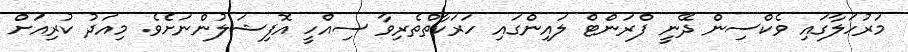
މަރުހަލާގައި ވެކްސިން ދޭނީ ފްރަންޓް ލައިންގައި ހަރަކާތްތެރިވާ ސިއްހީ އޮފިޝަލުންނަށެވެ. މިއަދު ކުރިއަށް